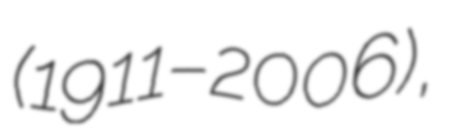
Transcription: (1911–2006),